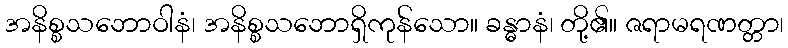
အနိစ္စသဘောဝါနံ၊ အနိစ္စသဘောရှိကုန်သော။ ခန္ဓာနံ၊ တို့၏။ ဇရာမရဏတ္တာ၊